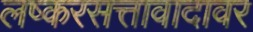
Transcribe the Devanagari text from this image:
लष्करसत्तावादावर